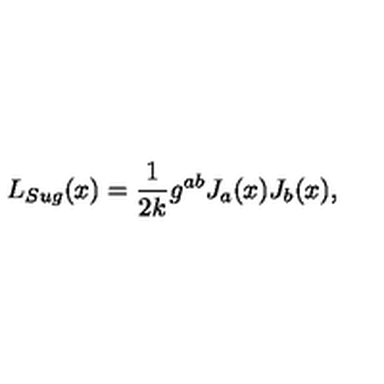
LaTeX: L _ { S u g } ( x ) = \frac { 1 } { 2 k } g ^ { a b } J _ { a } ( x ) J _ { b } ( x ) ,